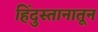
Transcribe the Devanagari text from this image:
हिंदुस्तानातून